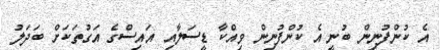
އެ ކުންފުނިން ބުނީ އެ ކުންފުނިން ވިއްކާ ޑީސަލާއި އައިސްގެ އަގުތަކަށް ބަދަލު